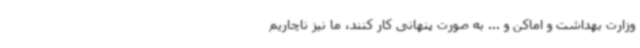
وزارت بهداشت و اماکن و ... به صورت پنهانی کار کنند، ما نیز ناچاریم